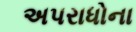
અપરાધોના